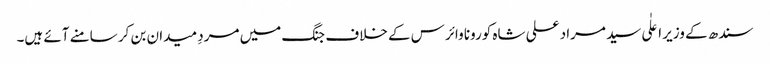
سندھ کے وزیر اعلٰی سید مراد علی شاہ کورونا وائرس کے خلاف جنگ میں مردِ میدان بن کر سامنے آئے ہیں۔